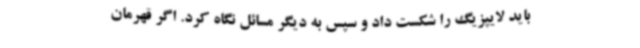
باید لایپزیگ را شکست داد و سپس به دیگر مسائل نگاه کرد. اگر قهرمان